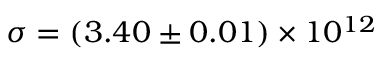
\sigma = ( 3 . 4 0 \pm 0 . 0 1 ) \times 1 0 ^ { 1 2 }